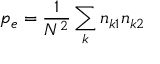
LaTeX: p _ { e } = { \frac { 1 } { N ^ { 2 } } } \sum _ { k } n _ { k 1 } n _ { k 2 }